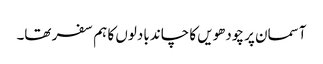
آسمان پر چودھویں کا چاند بادلوں کا ہم سفر تھا۔